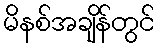
မိနစ်အချိန်တွင်